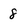
Character: 8